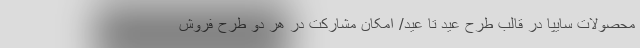
محصولات سایپا در قالب طرح عید تا عید/ امکان مشارکت در هر دو طرح فروش